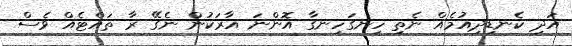
އަދި ކެނޑިދިއުމެއް ނެތި ހިނގަހިނގާ އޮންނަ އާރަކުން ނެގޭ ރާ ތައްޓެއް ވެސް